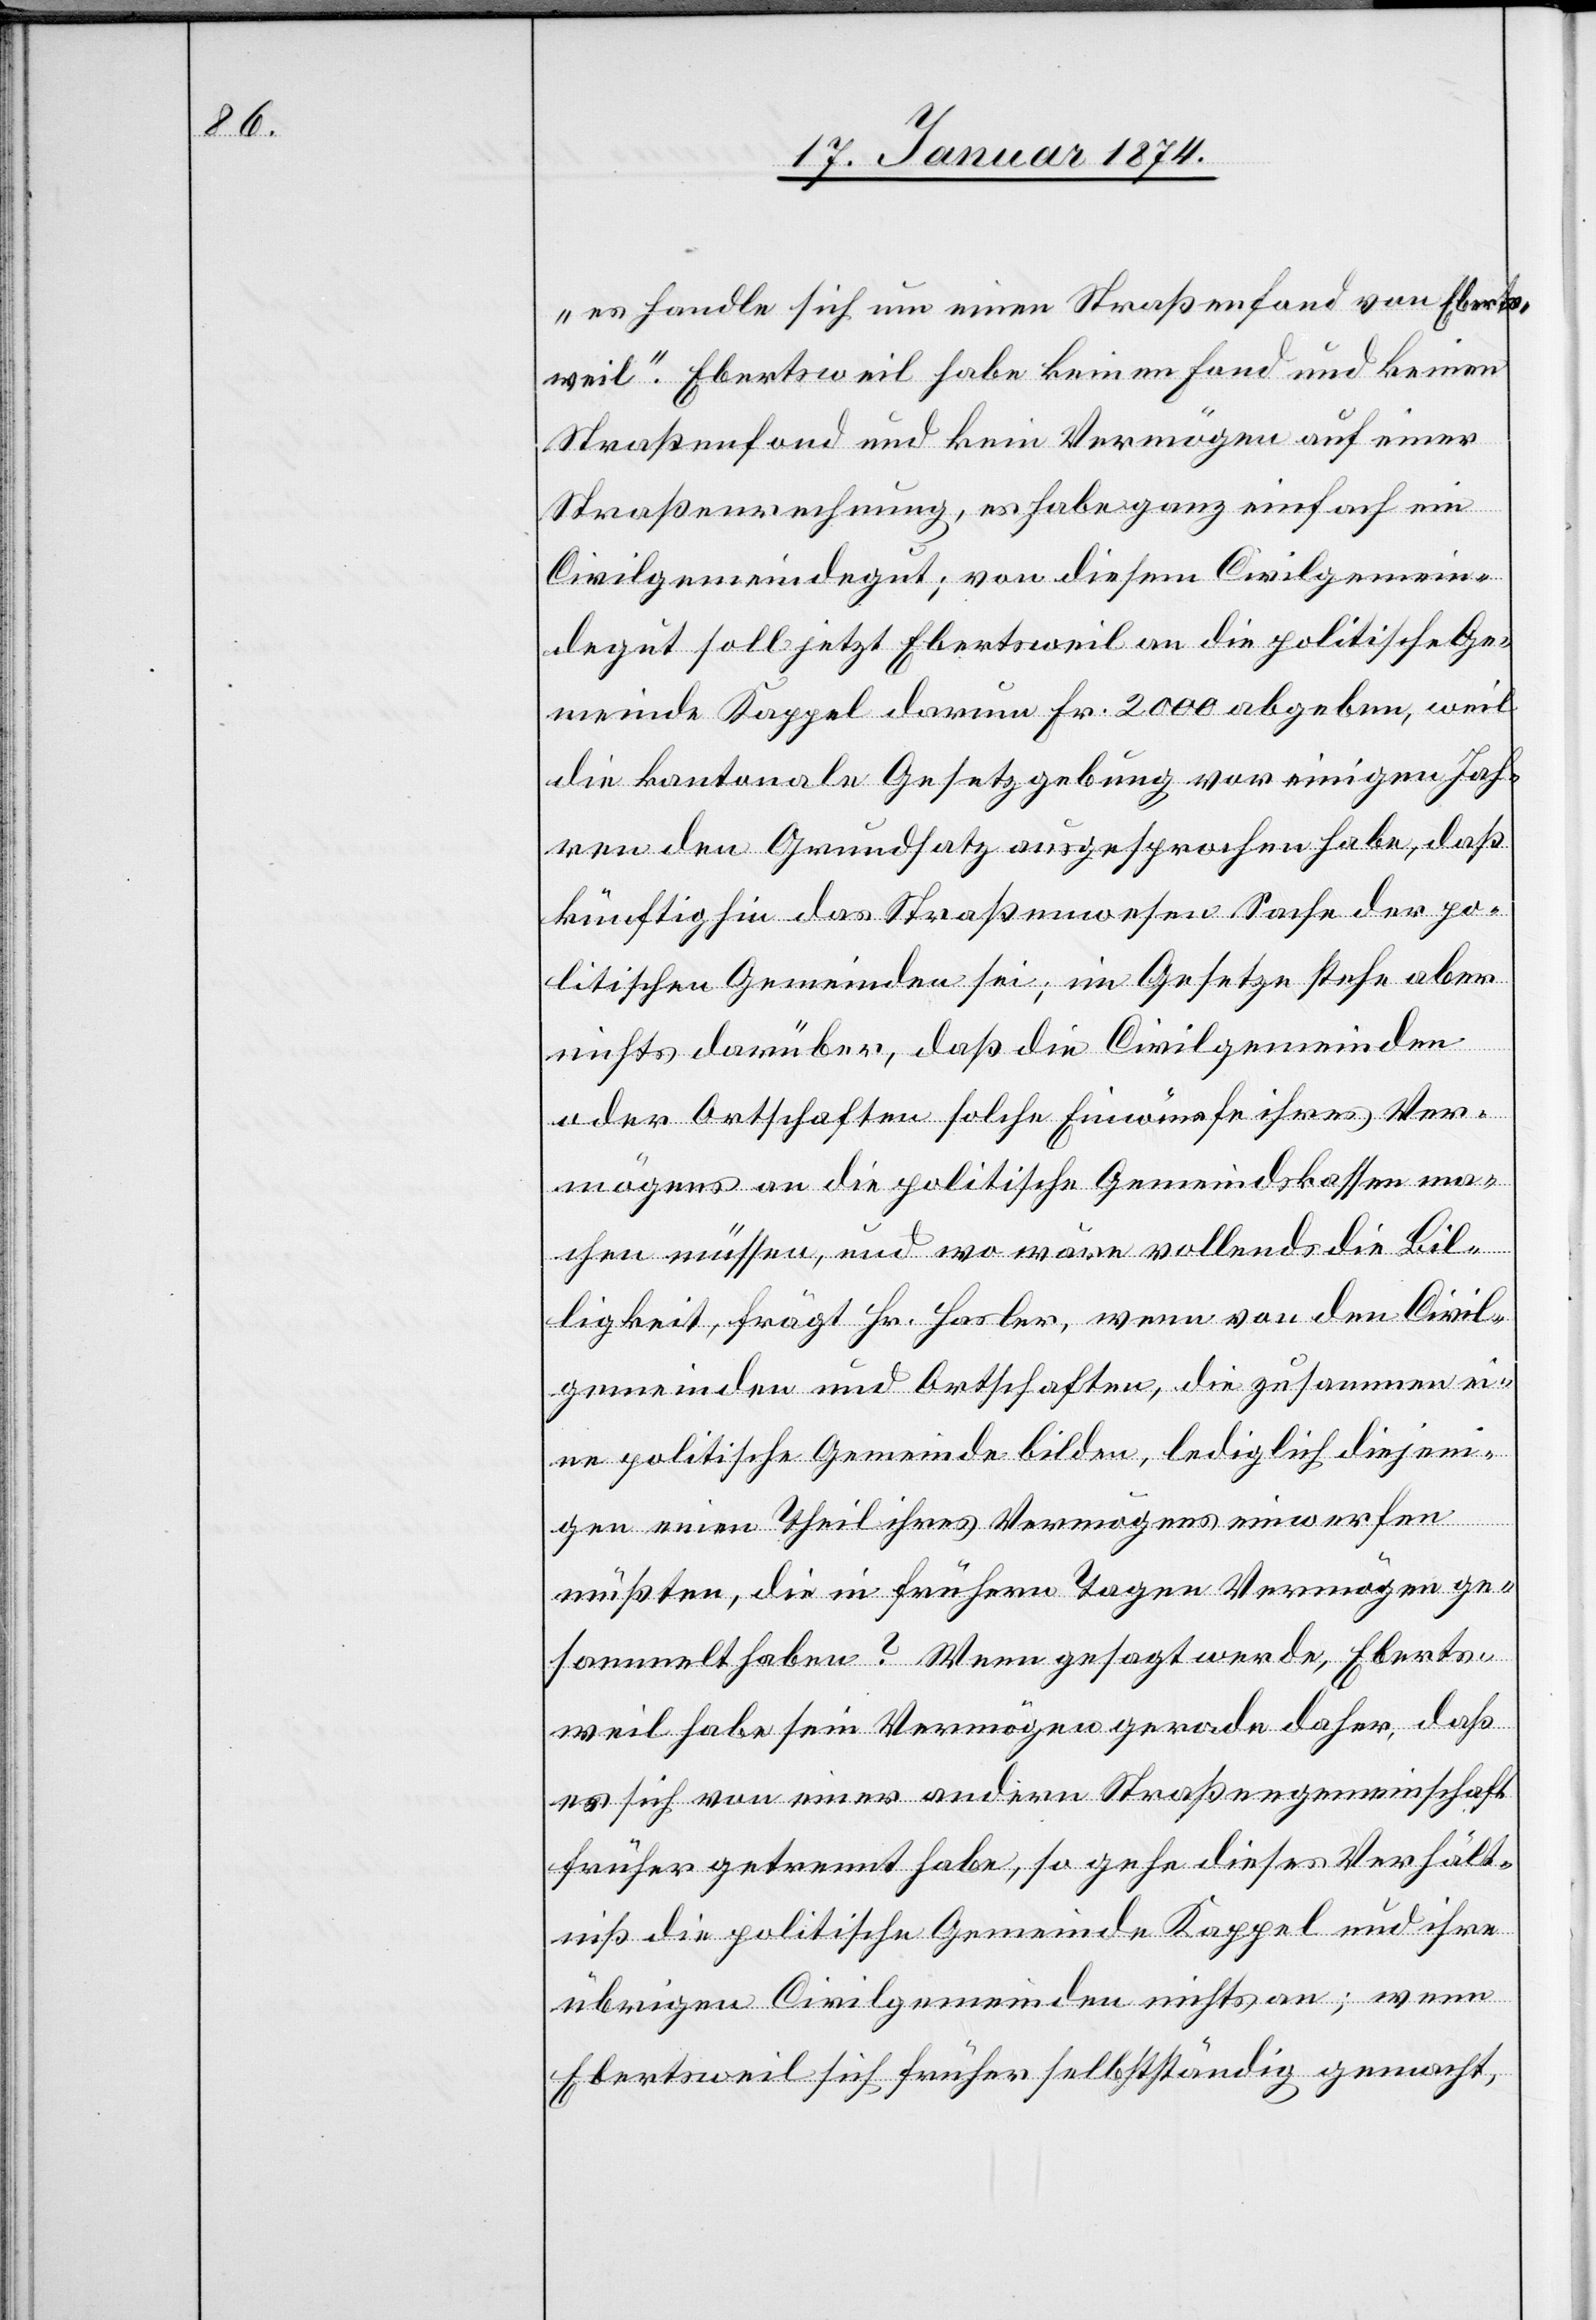
„es handle sich um einen Straßenfond von Eberts¬
weil.“ Ebertsweil habe keinen Fond und keinen
Straßenfond und kein Vermögen auf einer
Straßenrechnung, es habe ganz einfach ein
Civilgemeindegut; von diesem Civilgemein¬
degut soll jetzt Ebertsweil an die politische Ge¬
meinde Kappel darum Fr. 2000 abgeben, weil
die kantonale Gesetzgebung vor einigen Jah¬
ren den Grundsatz ausgesprochen habe, daß
künftighin das Straßenwesen Sache der po¬
litischen Gemeinden sei, im Gesetze stehe aber
nichts darüber, daß die Civilgemeinden
oder Ortschaften solche Einwürfe ihres Ver¬
mögens an die politische Gemeindskasse ma¬
chen müssen, und wo man vollends die Bil¬
ligkeit, frägt Hr. Hasler, wenn von den Civil¬
gemeinden und Ortschaften, die zusammen ei¬
ne politische Gemeinde bilden, lediglich diejeni¬
gen einen Theil ihres Vermögens einwerfen
müßten, die in frühern Tagen Vermögen ge¬
sammelt haben? Wenn gesagt werde, Eberts¬
weil habe sein Vermögen gerade daher, daß
es sich von einer andern Straßengemeinschaft
früher getrennt habe, so gehe dieses Verhält¬
niß die politische Gemeinde Kappel und ihre
übrigen Civilgemeinden nichts an; wenn
Ebertsweil sich früher selbstständig gemacht,